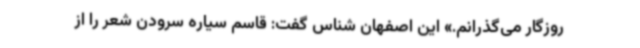
روزگار می‌گذرانم.» این اصفهان شناس گفت: قاسم سیاره سرودن شعر را از